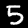
Digit: 5